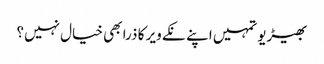
بھیڑیو تمہیں اپنے نکے ویر کا ذرا بھی خیال نہیں؟